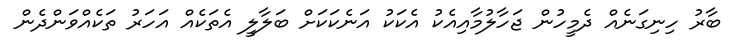
ބާރު ހިނިގަނެއް ދެމީހުން ޖަހާލުމާއިއެކު އެކަކު އަނެކަކަށް ބަލާލީ އެތަކެއް އަހަރު ތަކެއްވަންދެން